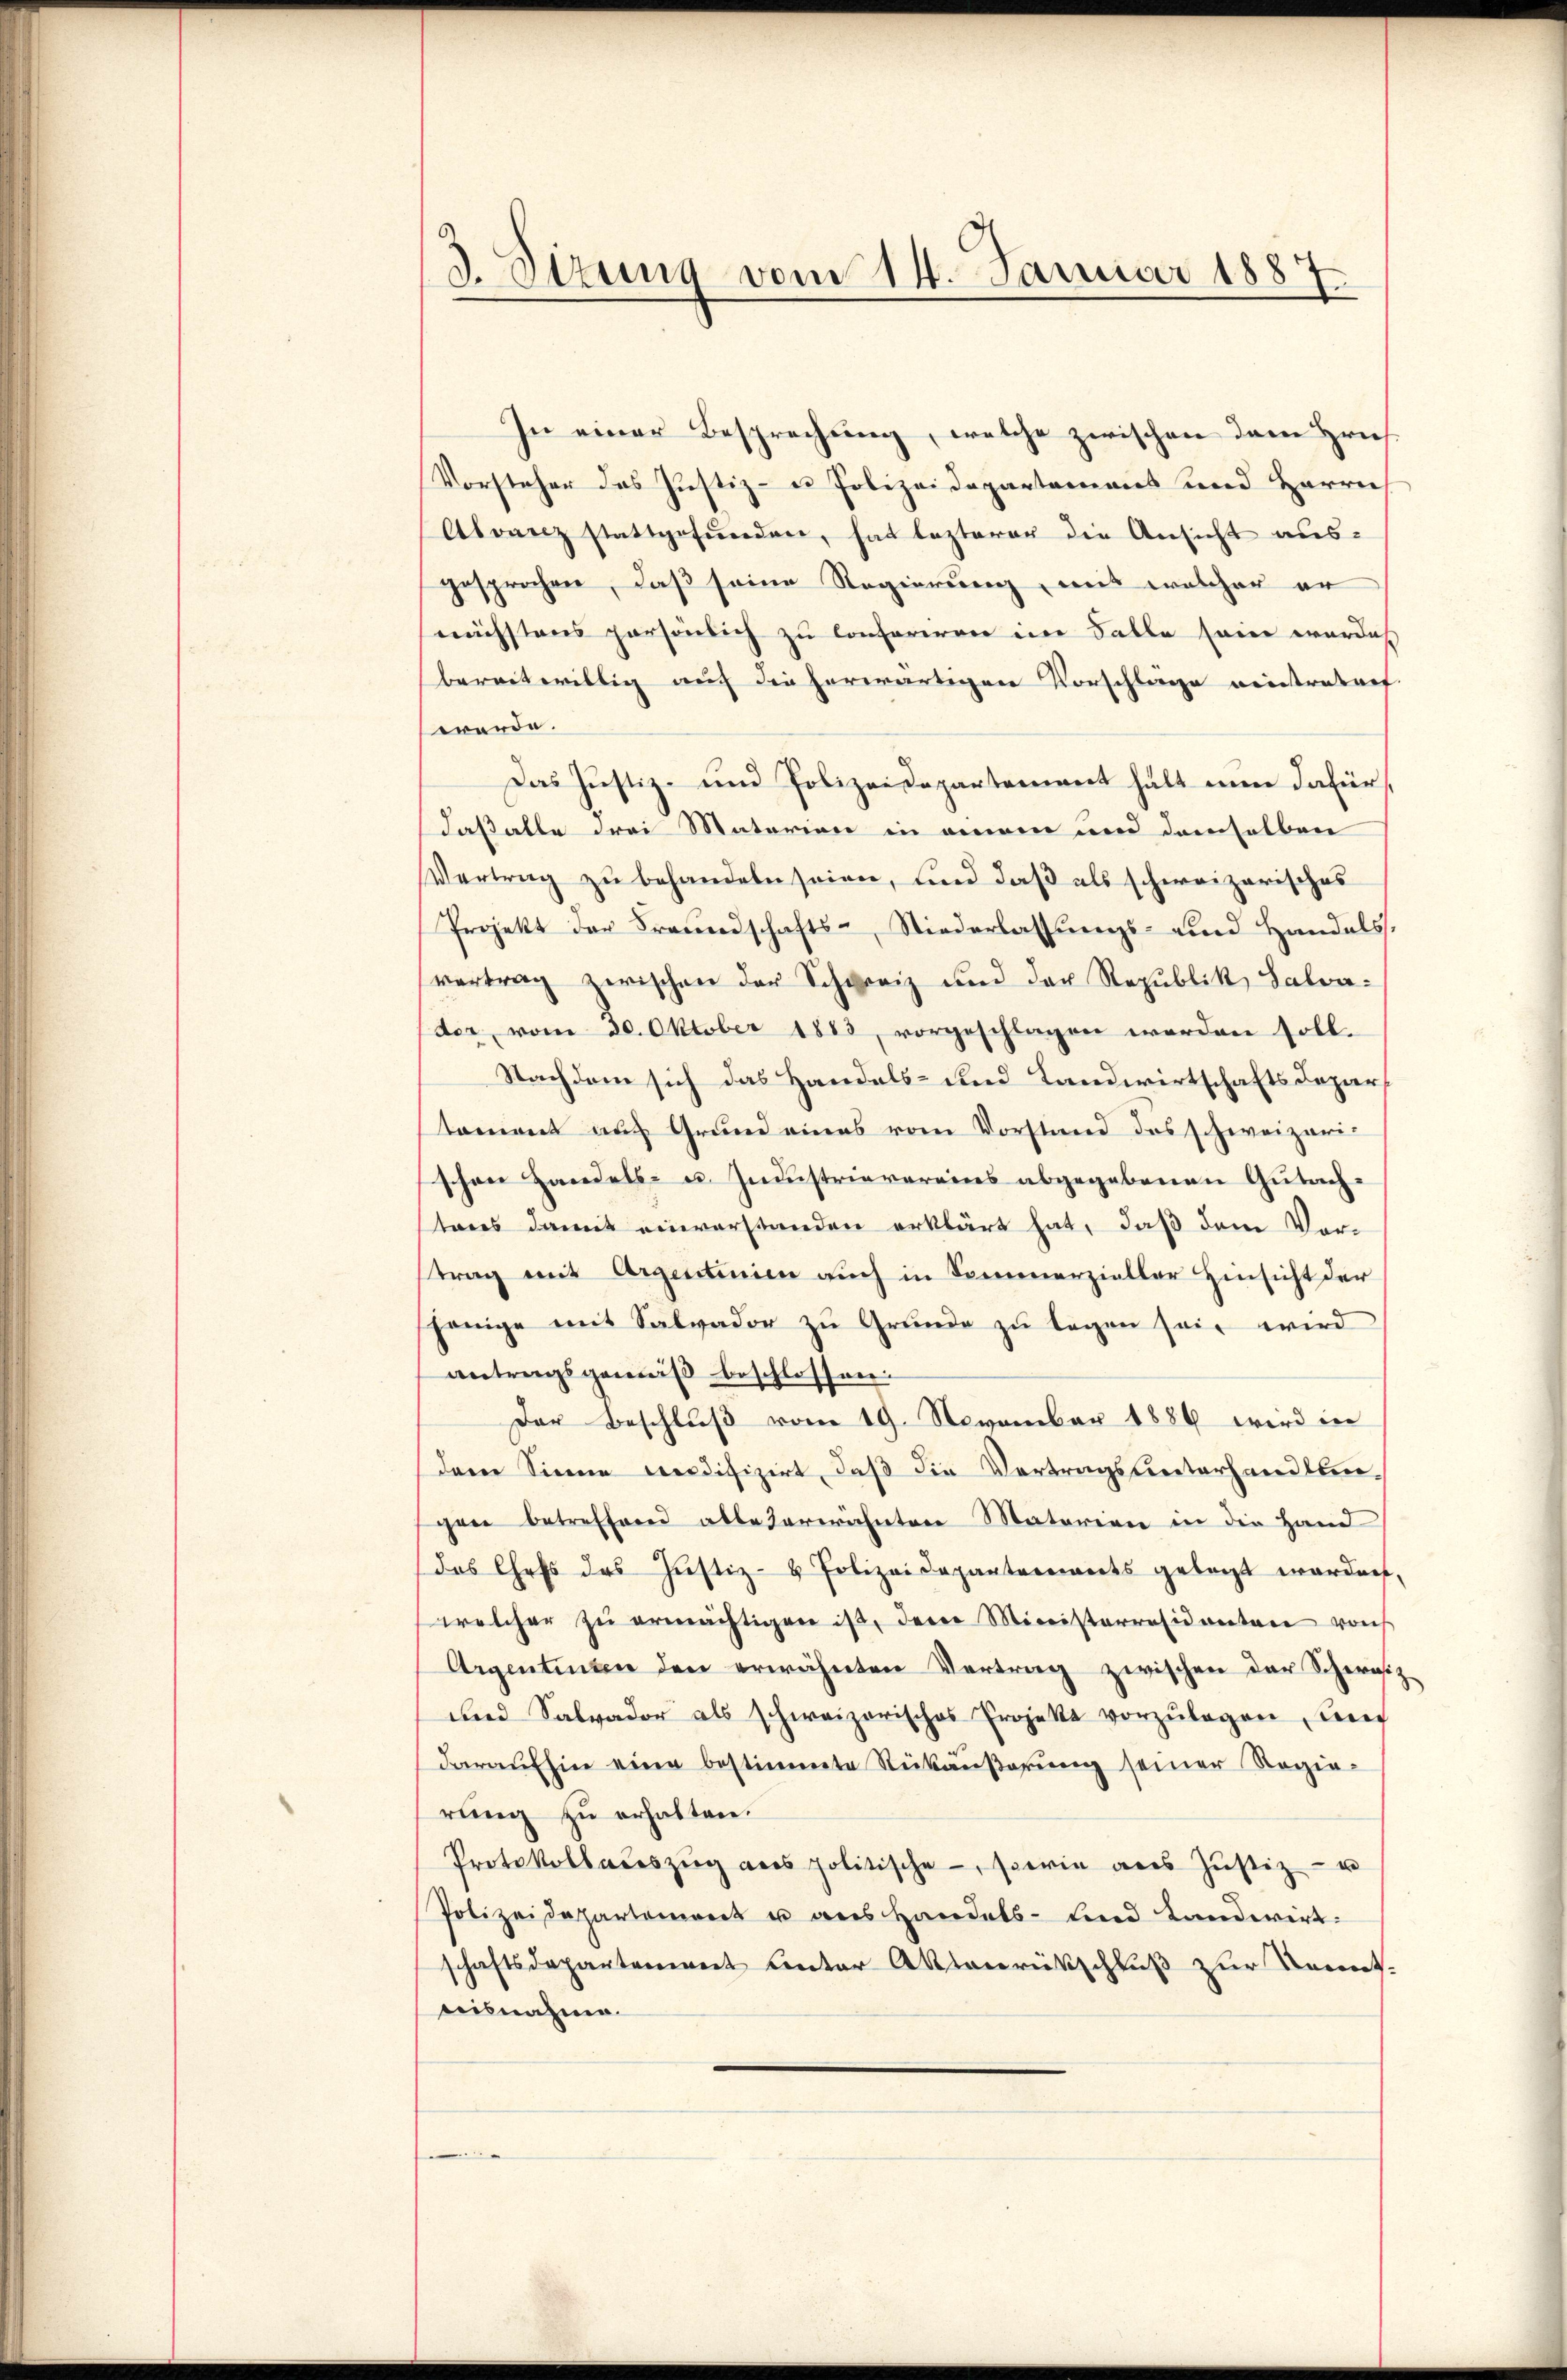
d. Sizung vom 14. Januar 1887

In einer Besprechung, welche zwischen dem Hrn.
Vorsteher das Justiz- u. Polizeidepartamens und Herrn
Abvanz stattgefŭnden, hat lezterer die Ansicht aŭs-
gesprochen, daß seine Regierung, mit welcher er
nächstens persönlich zu Conferiren ein Falle sein werde
bereitwillig auch die herwärtigen Vorschläge meintretref
werde.
Das Justiz- und Polizeidepartement hält nun dafür
daß alle drei Materien in einem und demselben
Vertrag zu behandeln seien, und daß als schweizerisches
Projekt der Freundschafts- Niederlassŭngs- und Handels,
vertrag zwischen der Schweiz und der Republik, Salverder, vom 20. Oktober 1883, vorgeschlagen werden soll.
Nachdem sich das Handels- und Landwirtschafts Depar
tament auf Grund eines vom Vorstand des schweizerischon Handels- u. Industrievereins abgegebenen Gutachtens damit einverstanden erklärt hat, daß dem Vortrag mit Argentinien auch in Sommerzieller Hinsicht der
jenige mit Salvador zu Grunde zu legen sein wird
antragsgemäß beschlossen:
Der Beschluß vom 19. November 1886 wird in
dem Sinne credifizirt, daß die Vertragsunterhandlungen betreffend allederwähnten Materien in die Hand
das Chefs des Jŭstiz- & Polizeidepantenants gelegt werden,
welcher zŭ ermächtigen ist, den Ministerresidenten vorh
Argentinen den erwähnten Vertrag zwischen der Schweiz
und Salvador als schweizerisches Projekt vorzŭlegen, und
daraufhin eine bestimmte Rükäußerung seiner Regierung zu erhalten.
Protokollaŭszŭg ans politische, sowie aus Jŭstiz- u
Polizeidepartement u aus Handels- und Landwirt
schaftsdepartement unter Aktenrückschluß zur Kennt.
nisnahme.